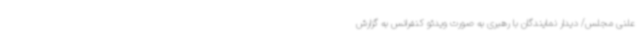
علنی مجلس/ دیدار نمایندگان با رهبری به صورت ویدئو کنفرانس به گزارش